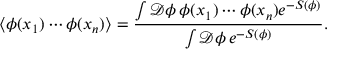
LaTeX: \langle \phi ( x _ { 1 } ) \cdots \phi ( x _ { n } ) \rangle = \frac { \int \mathcal { D } \phi \, \phi ( x _ { 1 } ) \cdots \phi ( x _ { n } ) e ^ { - S ( \phi ) } } { \int \mathcal { D } \phi \, e ^ { - S ( \phi ) } } .